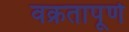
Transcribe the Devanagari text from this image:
वक्रतापूर्ण